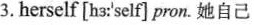
3.herself [hɜ:ˈself]] pron. 她自己